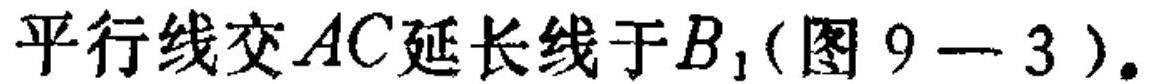
平行线交\(AC\)延长线于\(B_{1}\)(图\(9 - 3\))。